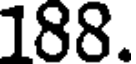
188.